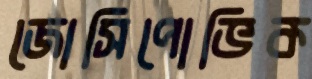
জোসিপোভিক